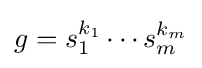
g=s_{1}^{k_{1}}\cdots s_{m}^{k_{m}}